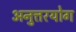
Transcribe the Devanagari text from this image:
अनुत्तरयोग